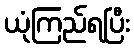
ယုံကြည်ရပြီး